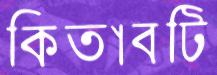
কিতাবটি